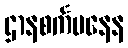
ဌာနစင်္ကမနေန